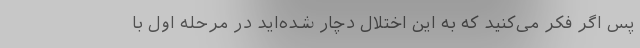
پس اگر فکر می‌کنید که به این اختلال دچار شده‌اید در مرحله اول با